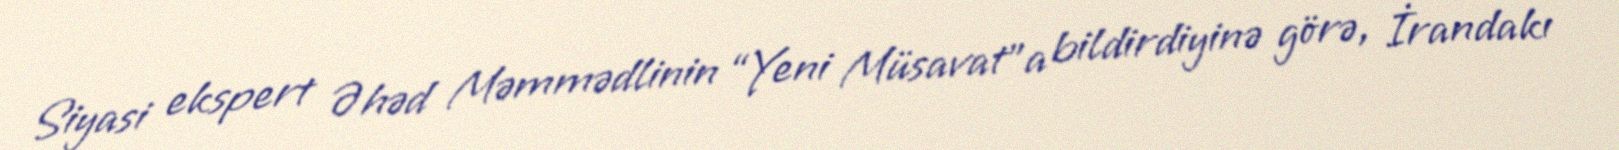
Siyasi ekspert Əhəd Məmmədlinin “Yeni Müsavat”a bildirdiyinə görə, İrandakı